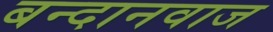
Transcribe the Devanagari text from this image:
बन्दानवाज